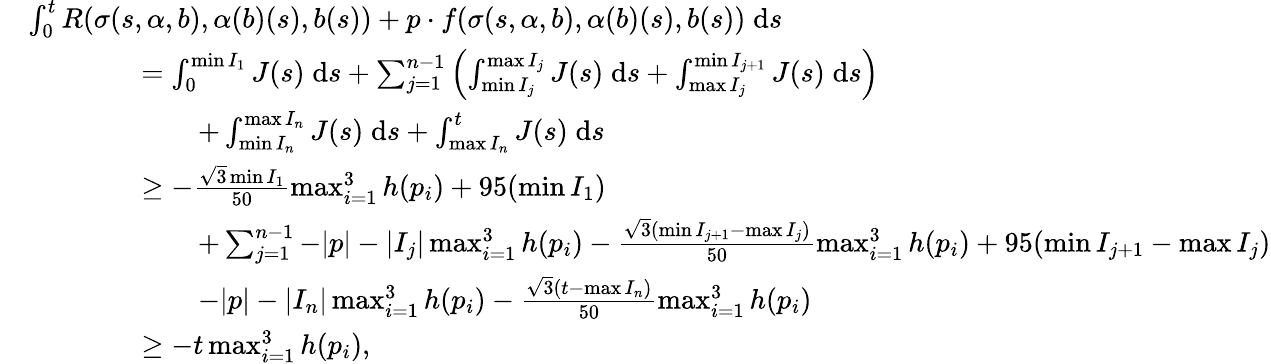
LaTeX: \begin{array}{rl}&{\int_{0}^{t}R(\sigma(s,\alpha,b),\alpha(b)(s),b(s))+p\cdot f(\sigma(s,\alpha,b),\alpha(b)(s),b(s))\; \mathrm{d}s}\\ &{\qquad\qquad=\int_{0}^{\operatorname*{min}I_{1}}J(s)\; \mathrm{d}s+\sum_{j=1}^{n-1}\left(\int_{\operatorname*{min}I_{j}}^{\operatorname*{max}I_{j}}J(s)\; \mathrm{d}s+\int_{\operatorname*{max}I_{j}}^{\operatorname*{min}I_{j+1}}J(s)\; \mathrm{d}s\right)}\\ &{\qquad\qquad\qquad+\int_{\operatorname*{min}I_{n}}^{\operatorname*{max}I_{n}}J(s)\; \mathrm{d}s+\int_{\operatorname*{max}I_{n}}^{t}J(s)\; \mathrm{d}s}\\ &{\qquad\qquad\geq-\frac{\sqrt{3}\operatorname*{min}I_{1}}{50}\operatorname*{max}_{i=1}^{3}h(p_{i})+95(\operatorname*{min}I_{1})}\\ &{\qquad\qquad\qquad+\sum_{j=1}^{n-1}-|p|-|I_{j}|\operatorname*{max}_{i=1}^{3}h(p_{i})-\frac{\sqrt{3}(\operatorname*{min}I_{j+1}-\operatorname*{max}I_{j})}{50}\operatorname*{max}_{i=1}^{3}h(p_{i})+95(\operatorname*{min}I_{j+1}-\operatorname*{max}I_{j})}\\ &{\qquad\qquad\qquad-|p|-|I_{n}|\operatorname*{max}_{i=1}^{3}h(p_{i})-\frac{\sqrt{3}(t-\operatorname*{max}I_{n})}{50}\operatorname*{max}_{i=1}^{3}h(p_{i})}\\ &{\qquad\qquad\geq-t\operatorname*{max}_{i=1}^{3}h(p_{i}),}\end{array}